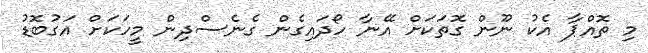
މި ތޮއްޕާ އެކު ނޫން ގޮތަކަށް އޭނާ ހޯދައިގެން ގެނެސްދިން މީހަކަށް އަގުބޮޑު